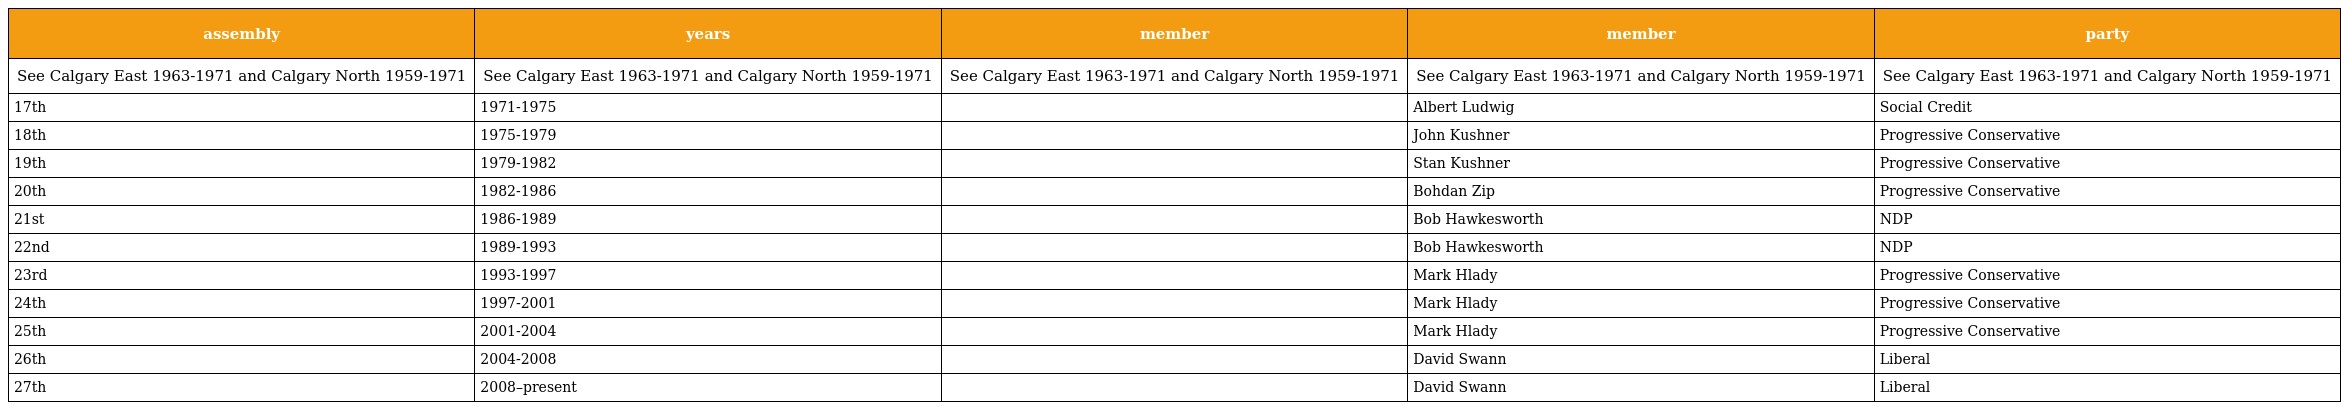
| assembly | years | member | member | party |
 | --- | --- | --- | --- | --- |
 | See Calgary East 1963-1971 and Calgary North 1959-1971 | See Calgary East 1963-1971 and Calgary North 1959-1971 | See Calgary East 1963-1971 and Calgary North 1959-1971 | See Calgary East 1963-1971 and Calgary North 1959-1971 | See Calgary East 1963-1971 and Calgary North 1959-1971 |
 | 17th | 1971-1975 |  | Albert Ludwig | Social Credit |
 | 18th | 1975-1979 |  | John Kushner | Progressive Conservative |
 | 19th | 1979-1982 |  | Stan Kushner | Progressive Conservative |
 | 20th | 1982-1986 |  | Bohdan Zip | Progressive Conservative |
 | 21st | 1986-1989 |  | Bob Hawkesworth | NDP |
 | 22nd | 1989-1993 |  | Bob Hawkesworth | NDP |
 | 23rd | 1993-1997 |  | Mark Hlady | Progressive Conservative |
 | 24th | 1997-2001 |  | Mark Hlady | Progressive Conservative |
 | 25th | 2001-2004 |  | Mark Hlady | Progressive Conservative |
 | 26th | 2004-2008 |  | David Swann | Liberal |
 | 27th | 2008–present |  | David Swann | Liberal |